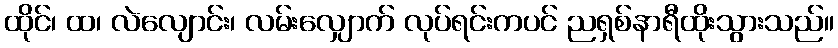
ထိုင်၊ ထ၊ လဲလျောင်း၊ လမ်းလျှောက် လုပ်ရင်းကပင် ညရှစ်နာရီထိုးသွားသည်။